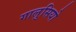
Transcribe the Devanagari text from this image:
गालुसियो